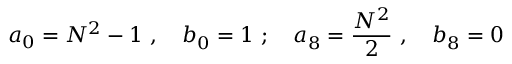
a _ { 0 } = N ^ { 2 } - 1 ~ , \quad b _ { 0 } ^ { } = 1 ~ ; \quad a _ { 8 } ^ { } = \frac { N ^ { 2 } } 2 ~ , \quad b _ { 8 } ^ { } = 0